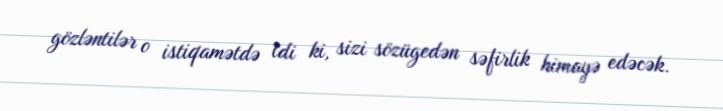
gözləntilər o istiqamətdə idi ki, sizi sözügedən səfirlik himayə edəcək.